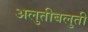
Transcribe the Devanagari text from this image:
अलुतीबलुती